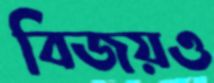
বিজয়ও